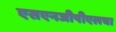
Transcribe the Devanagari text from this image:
एसएनजीपीएलचा